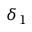
\delta _ { 1 }